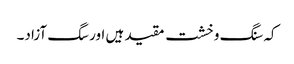
کہ سنگ و خشت مقید ہیں اور سگ آزاد۔